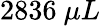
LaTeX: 2836~\mu L